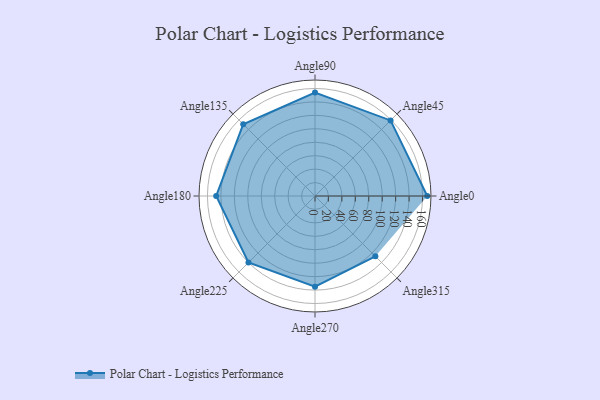
{"axis": {"x": "Angle", "y": "Radius"}, "legend": [""], "data": [{"x": "Angle0", "y": 167.0, "type": ""}, {"x": "Angle45", "y": 159.0, "type": ""}, {"x": "Angle90", "y": 154.0, "type": ""}, {"x": "Angle135", "y": 151.0, "type": ""}, {"x": "Angle180", "y": 147.0, "type": ""}, {"x": "Angle225", "y": 140.0, "type": ""}, {"x": "Angle270", "y": 135.0, "type": ""}, {"x": "Angle315", "y": 127.0, "type": ""}]}